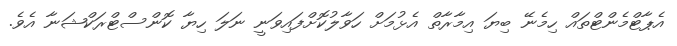
އެޕާޓްމެންޓްތައް ހިމެނޭ ބިޔަ އިމާރާތް އެޅުމަށް ހަވާލުކޮށްފައިވަނީ ނަލަ ހިޔާ ކޮންސްޓްރަކްޝަނާ އެވެ.